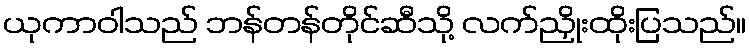
ယုကာဝါသည် ဘန်တန်တိုင်ဆီသို့ လက်ညှိုးထိုးပြသည်။